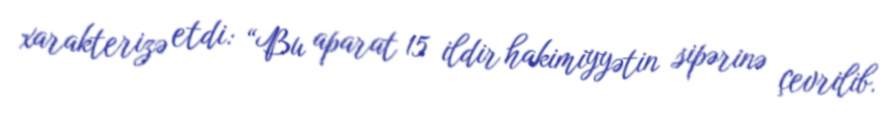
xarakterizə etdi: “Bu aparat 15 ildir hakimiyyətin sipərinə çevrilib.